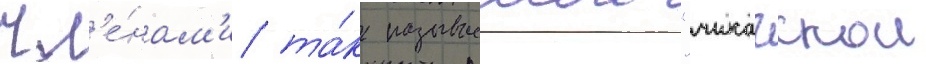
чл'е́нам'и та́к называемои "чикагскои